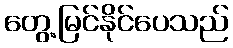
တွေ့မြင်နိုင်ပေသည်